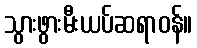
သွားဖွားမီးယပ်ဆရာဝန်။